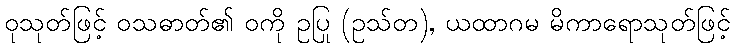
ဝုသုတ်ဖြင့် ဝသဓာတ်၏ ဝကို ဥပြု (ဥသ်တ), ယထာဂမ မိကာရောသုတ်ဖြင့်